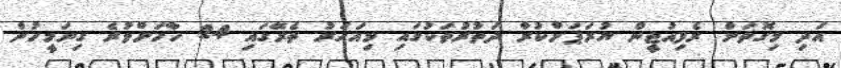
އަދި މިގޮތަށް ރެފިއުޖީން ޔުރަޕަށްކުރާ ދަތުރުތަކުގައި މިއަހަރު ތެރޭގައި 24 ހާހަށްވުރެ ގިނަމީހުން